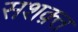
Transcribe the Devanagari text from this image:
सशक़्त